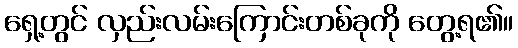
ရှေ့တွင် လှည်းလမ်းကြောင်းတစ်ခုကို တွေ့ရ၏။